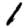
Digit: 1